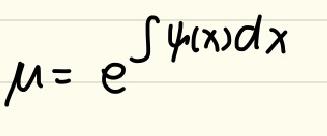
\[\mu = e^{\int \psi(x)dx}\]